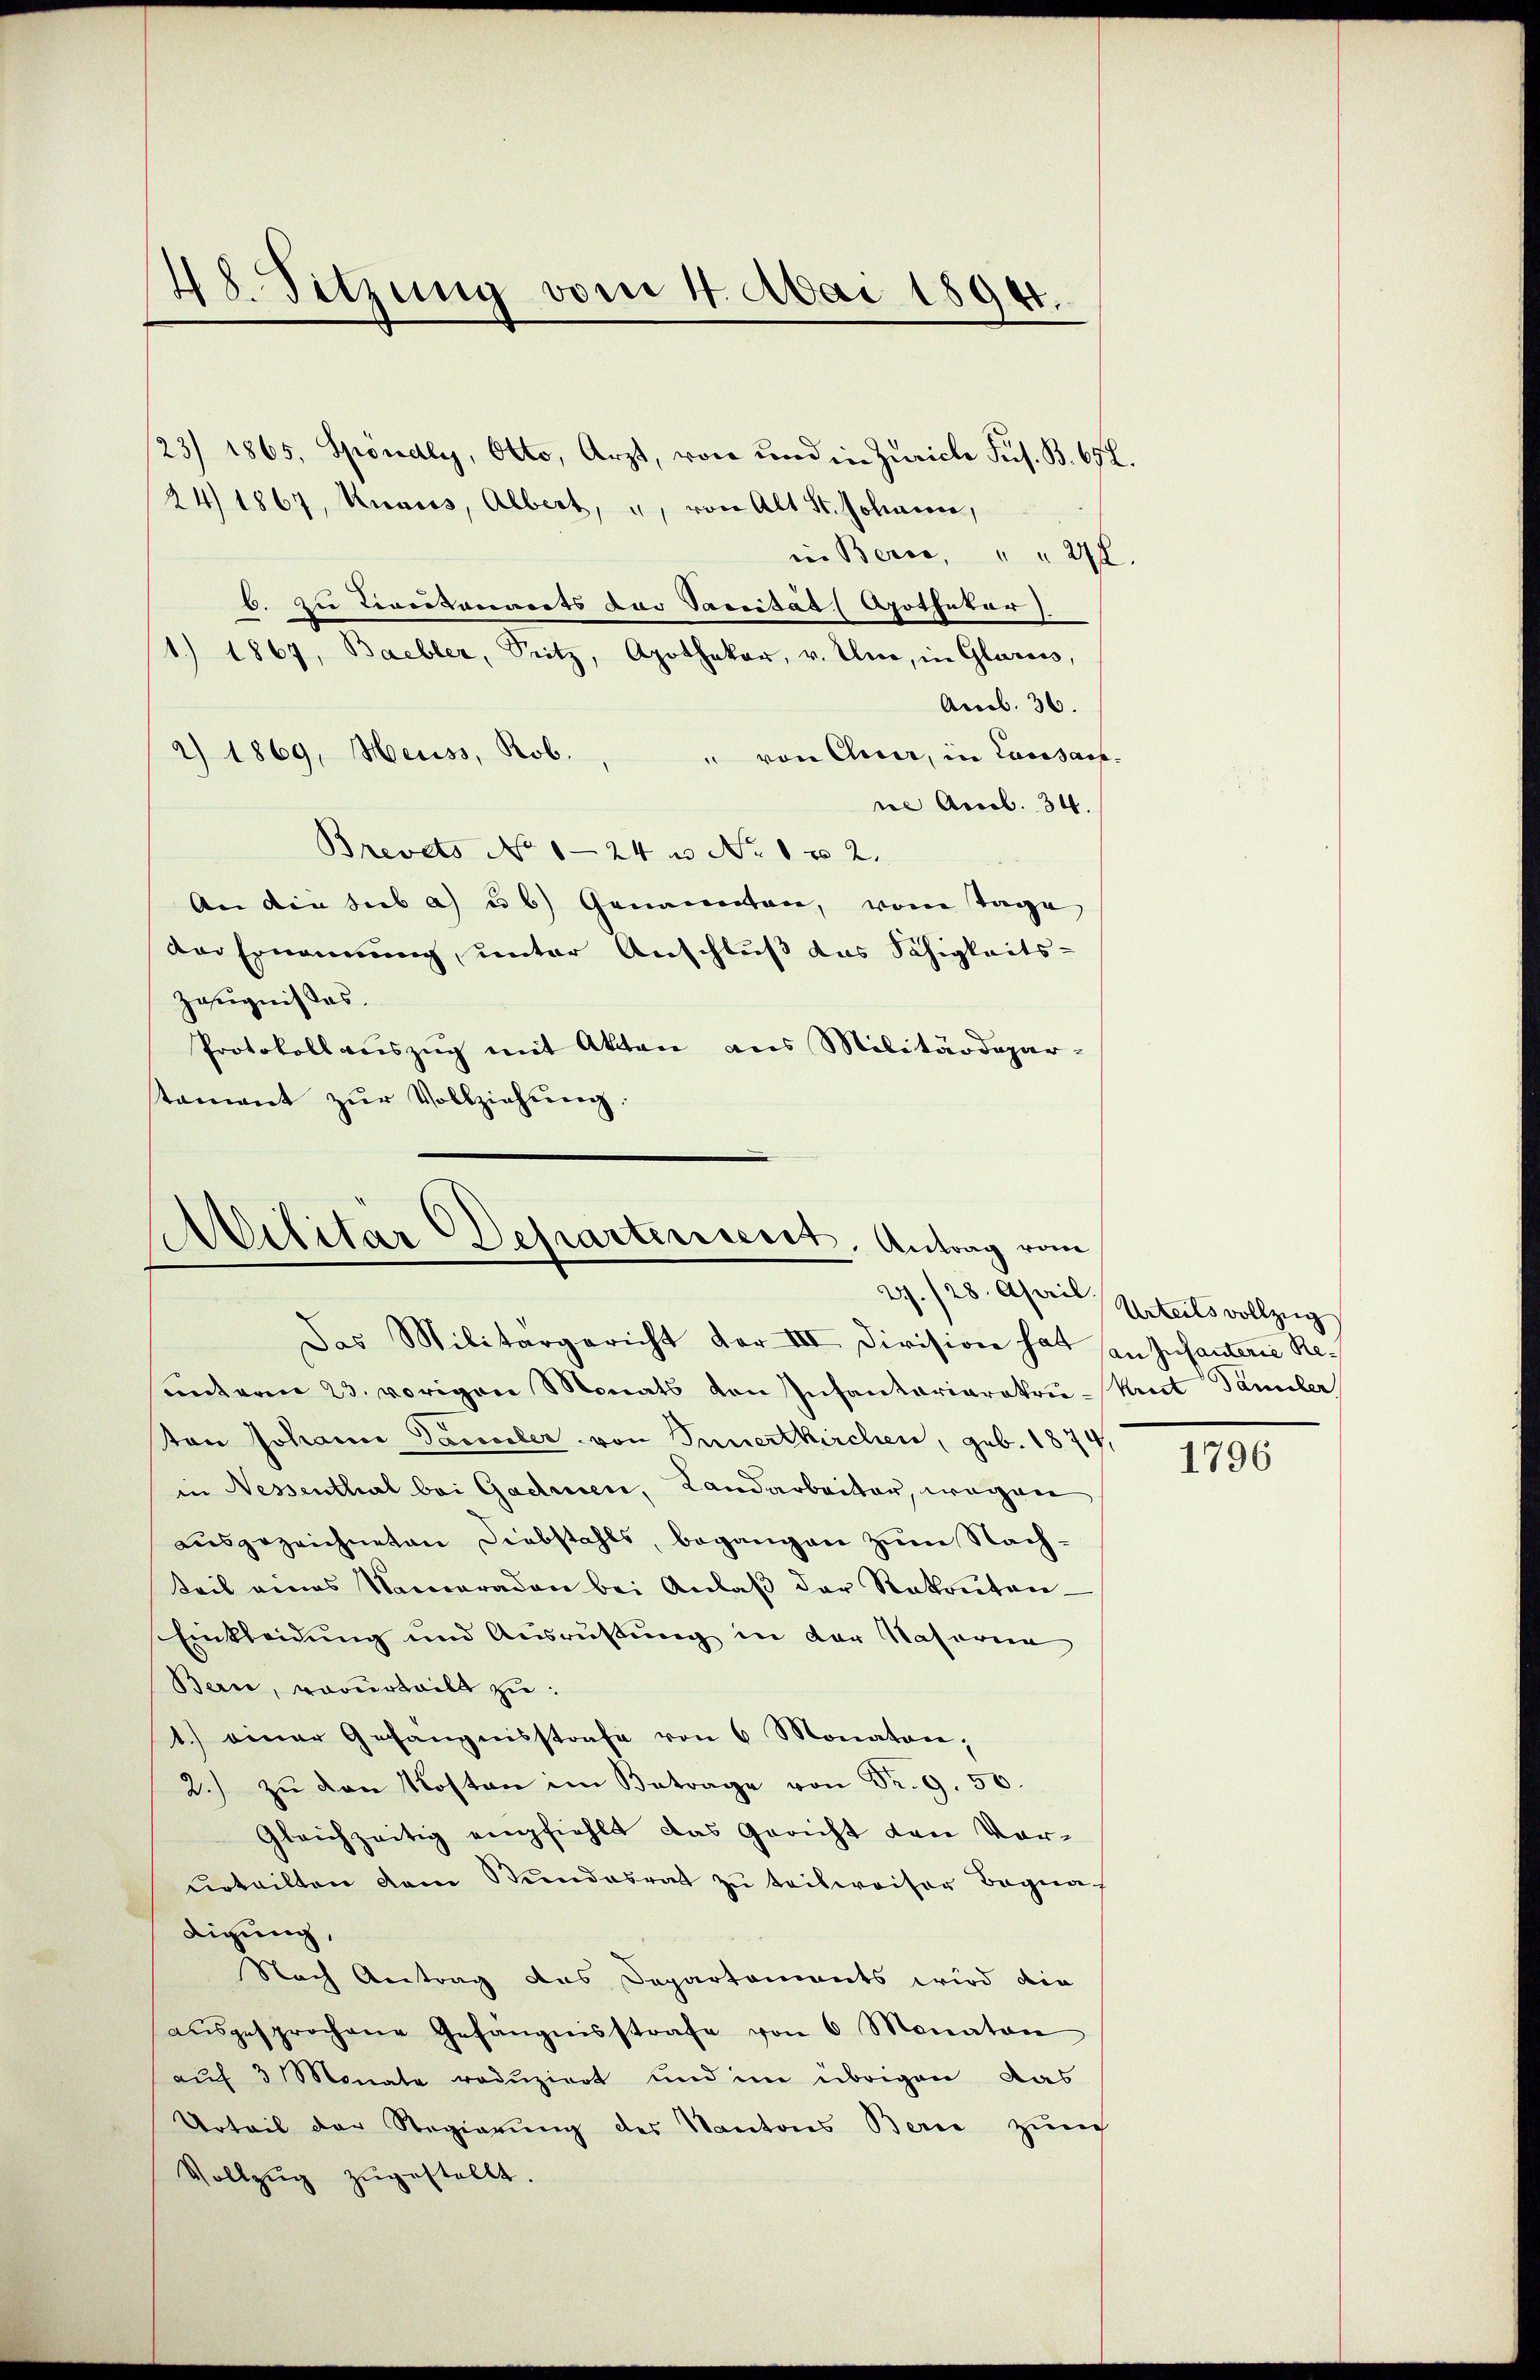
48. Sitzung vom 4. Mai 1894.

23/ 1865, Spöndly, Otto, Arzt, von und in Zürich Sus. B. 652.
24 1867, Knaus, Albert, u. von Alt St. Johann,
in Berco, " " 272.
6. zu Liversonnerts der Vaccität (Apothekar
1.) 1867, Baebler, Seitz, Apothekar, v. Uri, in Glarus,
Amb. 36.
a) 1869, Heuss, Rob.
" von Chur, in Lausanne Accob. 34.
Brevets No 124 u No 1 x 2
An die sub a) ub) Genannten, vom Tage
Der Ernennung, unter Anschluß das Fähigkeits-
Zeugnisses.
Protokollauszug mit Akten aus Militärdepar-
stament zŭr Vollziehŭng.

Militär Departiniert, Antrag vom
2./23. April Urteils vollzug
Das Militärgericht der III. Division hat in Infanterie Re¬

ŭnterm 23. vorigen Monats von Infantariaratrŭ-Krut Familer
ton Johann Sammler von Innertkirchen, geb. 1874,
in Nessenthal bei Gadmen, Landarbeiter, wegen
ausgezeichneten Diebstahls, begangen zum Nachteil eines Nameraden bei Anlaβ der Rekontan-
Einkleidung und Ausrüstung in der Natoria
Bern, vorurteilt zu:
1.) einer Gefängnisstrafe von 6 Monaten,
2. zŭ den Kosten im Betrage von Fr. 9. 50.
Gleichzeitig empfiehlt das Gericht den Vor-
urteilten dem Bundesrat zu teilweiser Begna
digung,
Nach Antrag das Departements wird die
aŭsgesprochene Gefängnisstrafe von 6 Monaten
auf 3 Monate reduziert und im übrigen das
Urteil der Regierŭng des Kantons Bern zum
Vollzŭg zŭgestellt.

1796